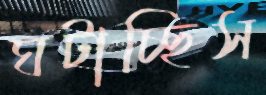
ঘটাচ্ছিস